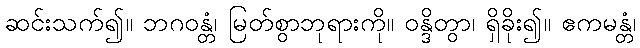
ဆင်းသက်၍။ ဘဂဝန္တံ၊ မြတ်စွာဘုရားကို။ ဝန္ဒိတွာ၊ ရှိခိုး၍။ ဧကမန္တံ၊